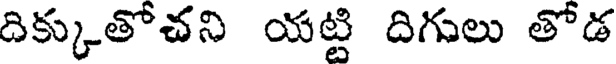
దిక్కుతోచని యట్టి దిగులు తోడ